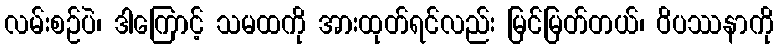
လမ်းစဉ်ပဲ၊ ဒါကြောင့် သမထကို အားထုတ်ရင်လည်း မြင်မြတ်တယ်၊ ဝိပဿနာကို